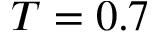
T = 0 . 7